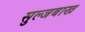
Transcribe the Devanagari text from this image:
सुल्जबाख